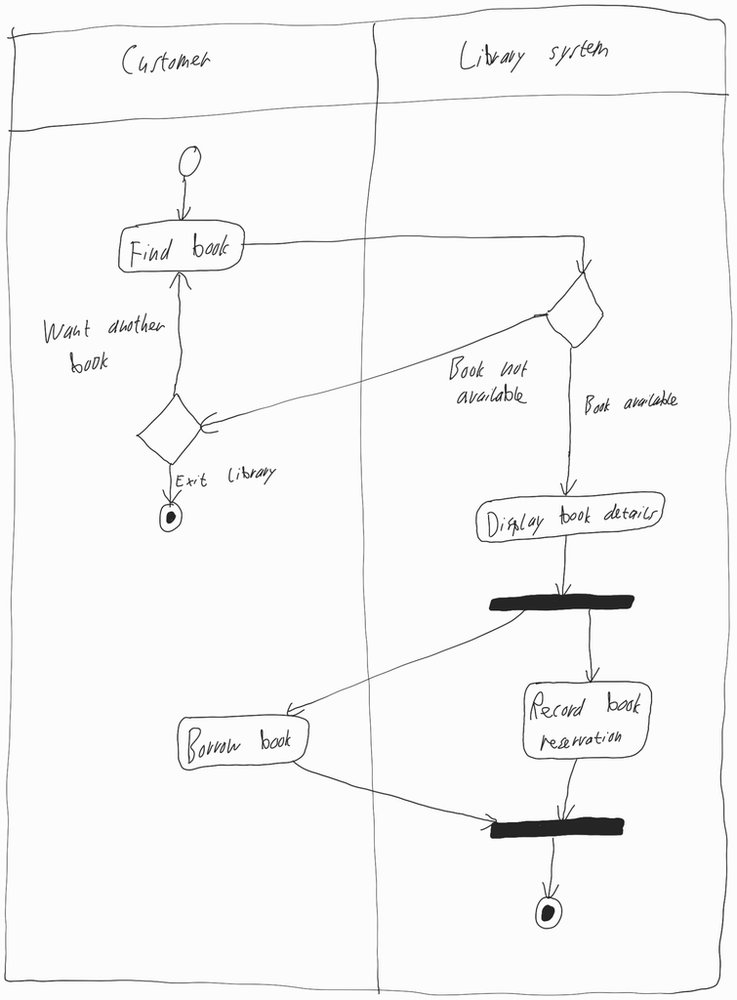
Diagram type: activity_diagram
```plantuml
@startuml

|Customer|

start

repeat
|Customer|
  if () then (Want another book)
    :Find book;
  else
    stop
  endif

|Library system|
repeat while () is (Book not available) not (Book available)

:Display book details;

fork
  |Customer|
  :Borrow book;

fork again
  |Library system|
  :Record book reservation;
end fork

stop

@enduml
```